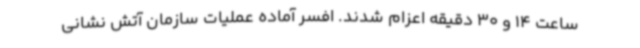
ساعت 14 و 30 دقیقه اعزام شدند. افسر آماده عملیات سازمان آتش نشانی